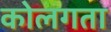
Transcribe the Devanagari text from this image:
कोलगता